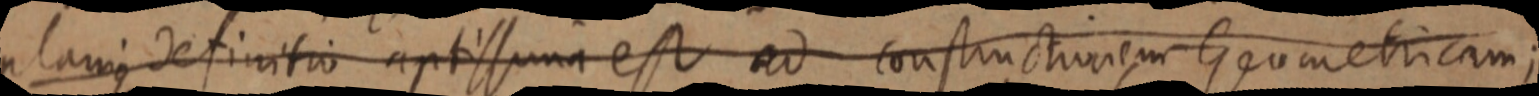
planique definitio optissima est ad constructionem Geometricam;